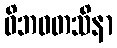
ဝိဘဝတသိနာ